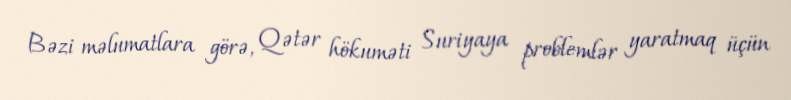
Bəzi məlumatlara görə, Qətər hökuməti Suriyaya problemlər yaratmaq üçün